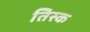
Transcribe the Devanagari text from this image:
तिस्क